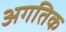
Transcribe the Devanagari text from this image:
अगतिक